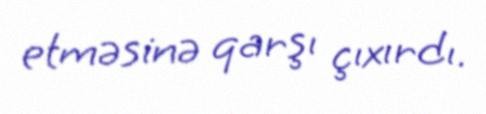
etməsinə qarşı çıxırdı.